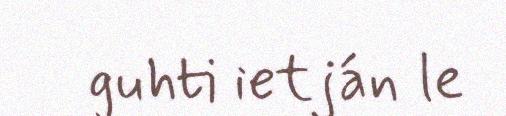
guhti ietján le